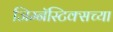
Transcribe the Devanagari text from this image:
जिम्नॅस्टिक्सच्या